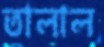
তালাল